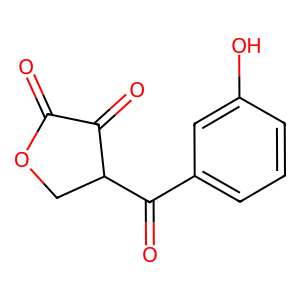
SMILES: O=C1OCC(C(=O)c2cccc(O)c2)C1=O
Inhibits HIV replication: No